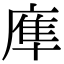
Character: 㢑